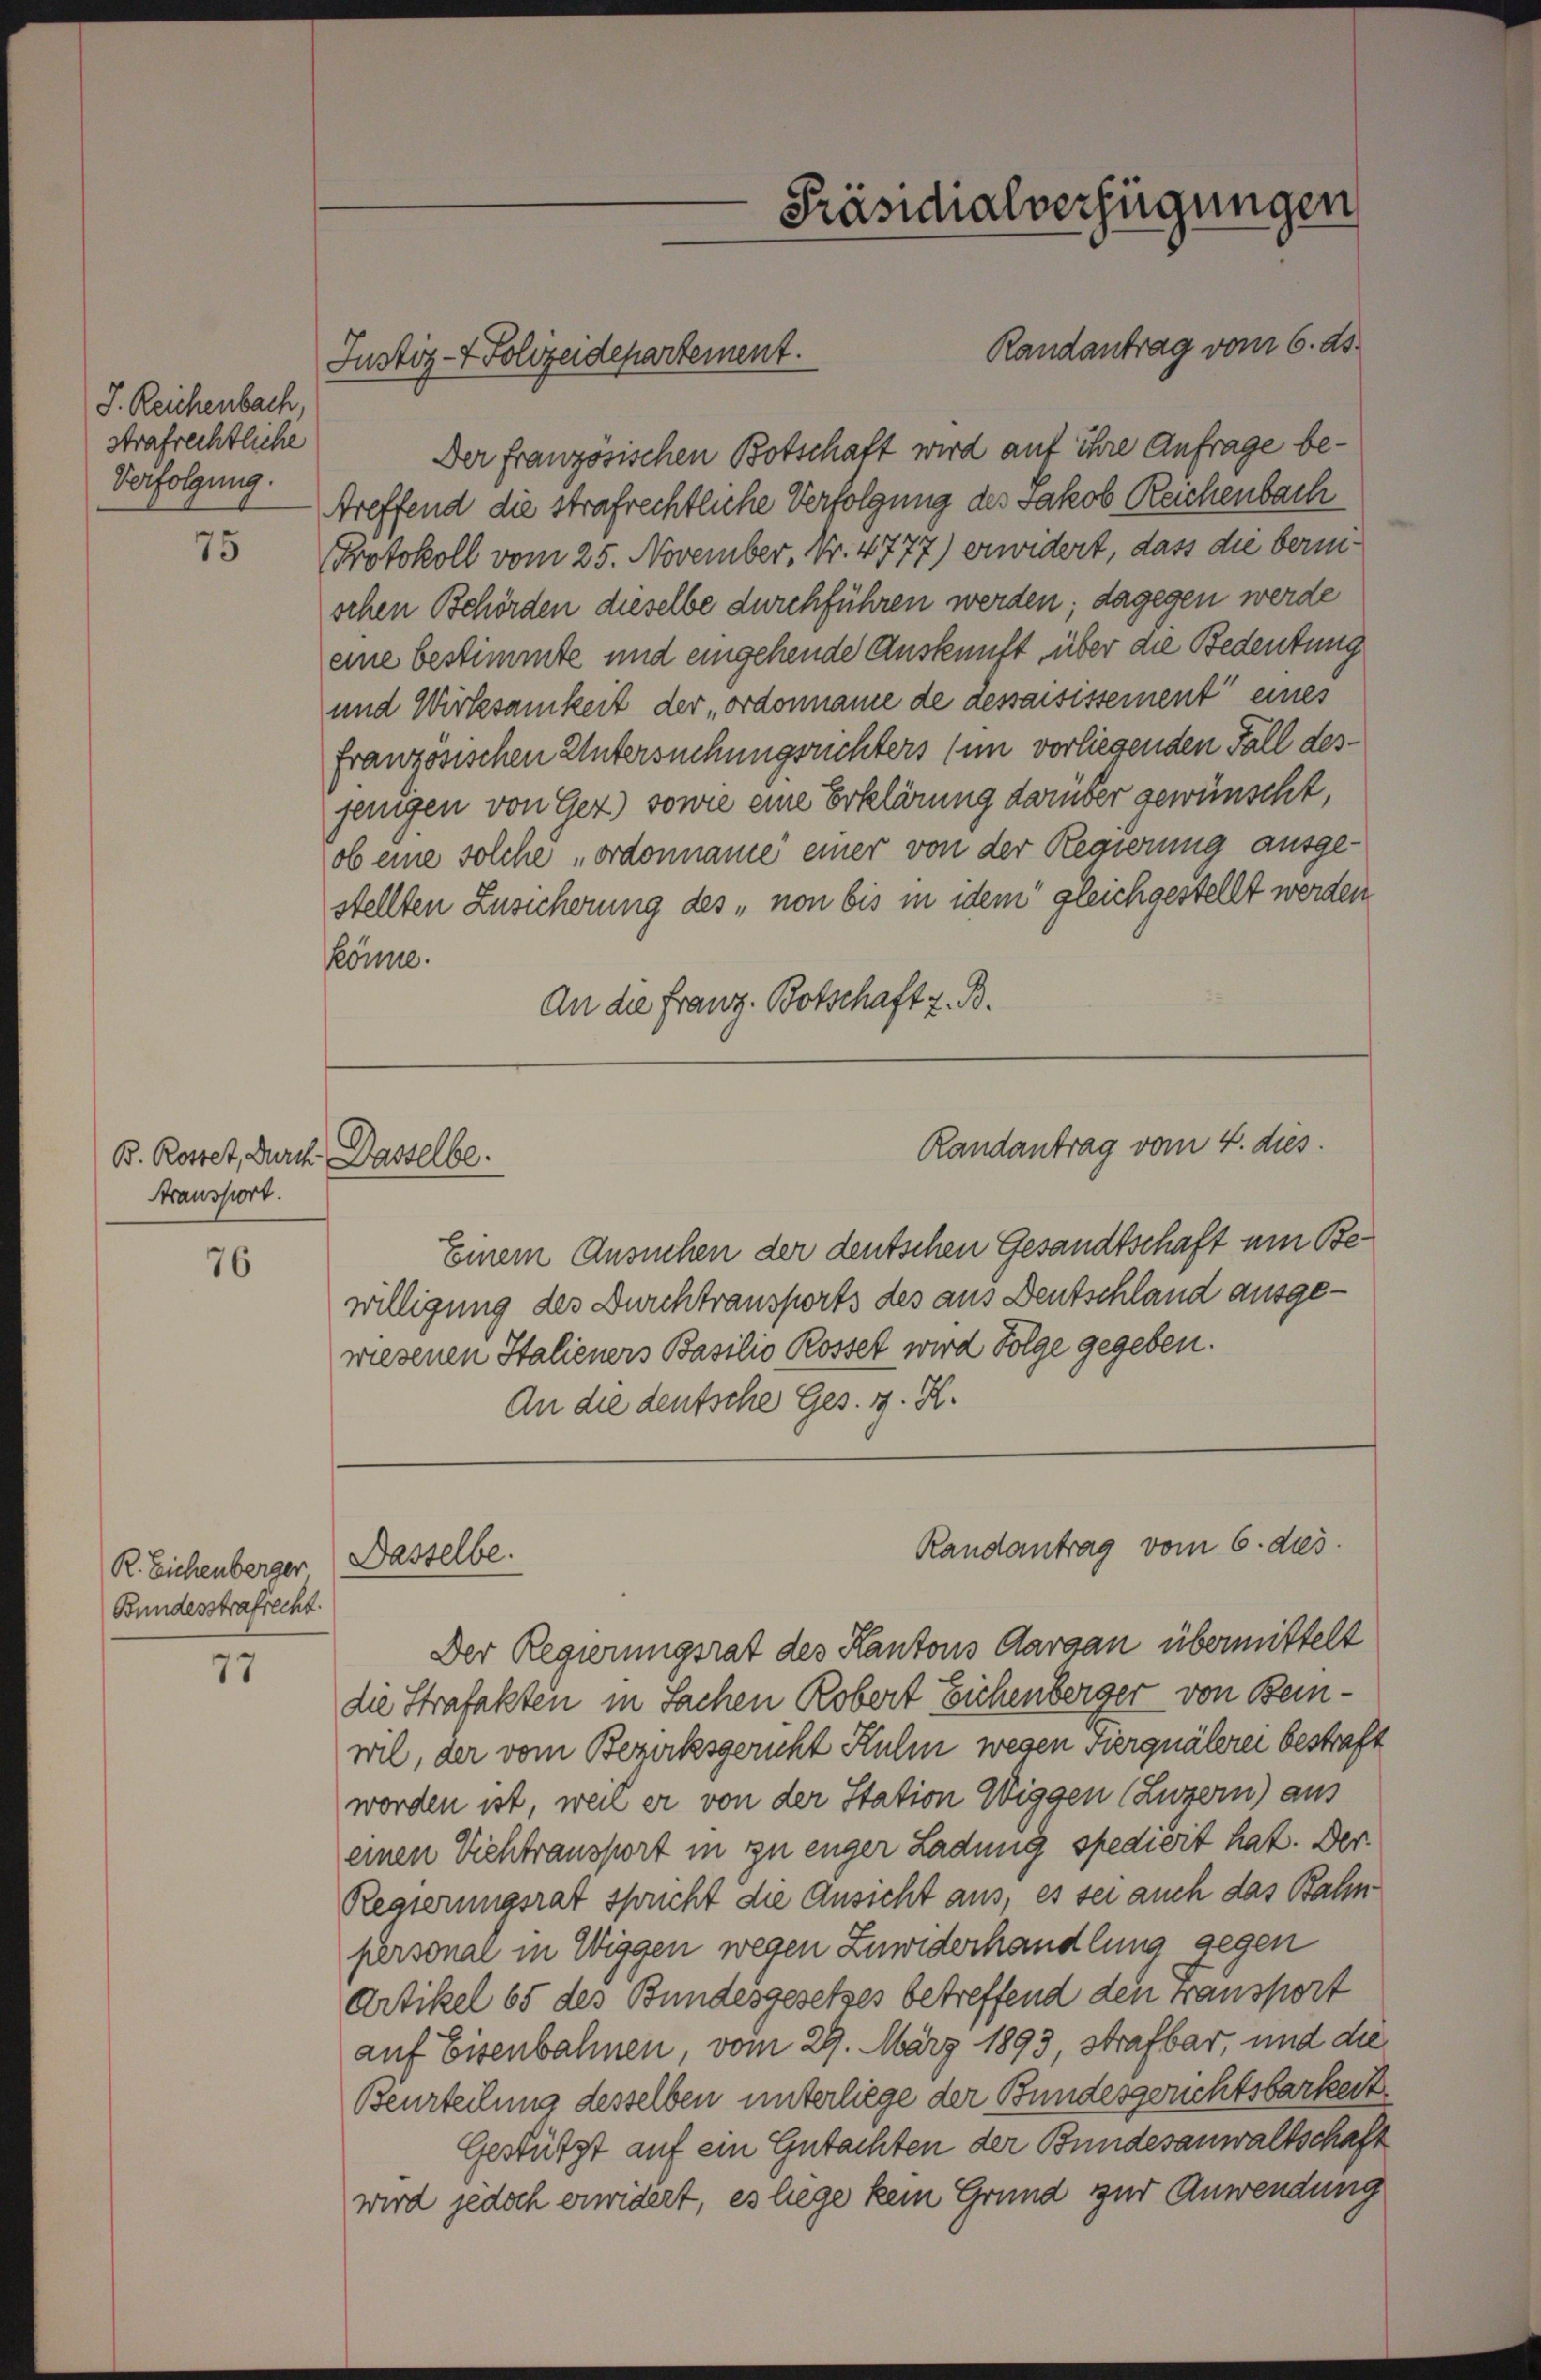
J. Reichenbach.
strafrechtliche
Verfolgung.

75

B. Kostet, Durch. Dasselbe.
Transport.

76

R. Eichenberger (Dasselbe.
Bundesstrafrecht.

77

Justiz- & Polizeidepartement.

Der französischen Botschaft wird auf ihre Anfrage be¬
Treffend die strafrechtliche Verfolgung des Jakob Reichenbach
Protokoll vom 25. November, Nr. 4777) erwidert, dass die bernischen Behörden dieselbe durchführen werden; dagegen werde
eine bestimmte und eingehende Auskunft über die Bedeutung
und Wirksamkeit der ordonname de dessaisissement eines
französischen Untersuchungsrichters (im vorliegenden Fall desjenigen von Gez) sowie eine Erklärung darüber gewünscht,
ob eine solche „ordonname einer von der Regierung ausgestellten Zusicherung des „non bis in dem gleichgestellt werden
könne.
An die Franz. Botschaft z. B.
Einem Ansuchen der deutschen Gesandtschaft um Bewilligung des Durchtransports des aus Deutschland ausgewiesenen Italieners Basilio Rosset wird Folge gegeben.
An die deutsche Ges. g. K.
Randantrag vom 6. dies
Der Regierungsrat des Kantons Aargau übermittelt
die Strafakten in Sachen Robert Eichenberger von Beinwil, der vom Bezirksgericht Kulm wegen vier quälerei bestraft
worden ist, weil er von der Station Wiggen (Luzern) aus
einen Viehtransport in zu enger Ladung spediert hat. Der
Regierungsrat spricht die Ansicht aus, es sei auch das Bahnpersonal in Wiggen wegen Zuwiderhandlung gegen
Artikel 65 des Bundesgesetzes betreffend den transport
auf Eisenbahnen, vom 29. März 1893, strafbar, und die
Beurteilung desselben unterliege der Bundesgerichtsbarkeit
Gestützt auf ein Gutachten der Bundesanwaltschaft
wird jedoch erwidert, es liege kein Grund zur Anwendung

Präsidialverfügungen

Randantrag vom 6. ds.

Randantrag vom 4. dies